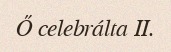
Ő celebrálta II.